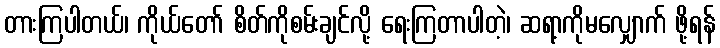
တားကြပါတယ်၊ ကိုယ်တော် စိတ်ကိုစမ်းချင်လို့ ရေးကြတာပါတဲ့၊ ဆရာ့ကိုမလျှောက် ဖို့ရန်